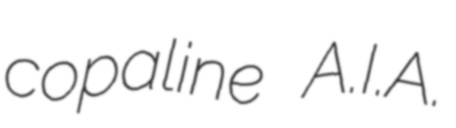
copaline A.I.A.